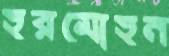
হরমোহন